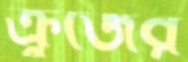
ক্রুজের